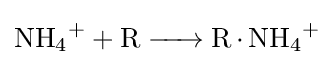
{\ce {NH4+ + R -> R.NH4+}}